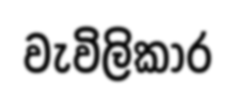
වැවිලිකාර